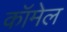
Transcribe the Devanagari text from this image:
कॉमेल